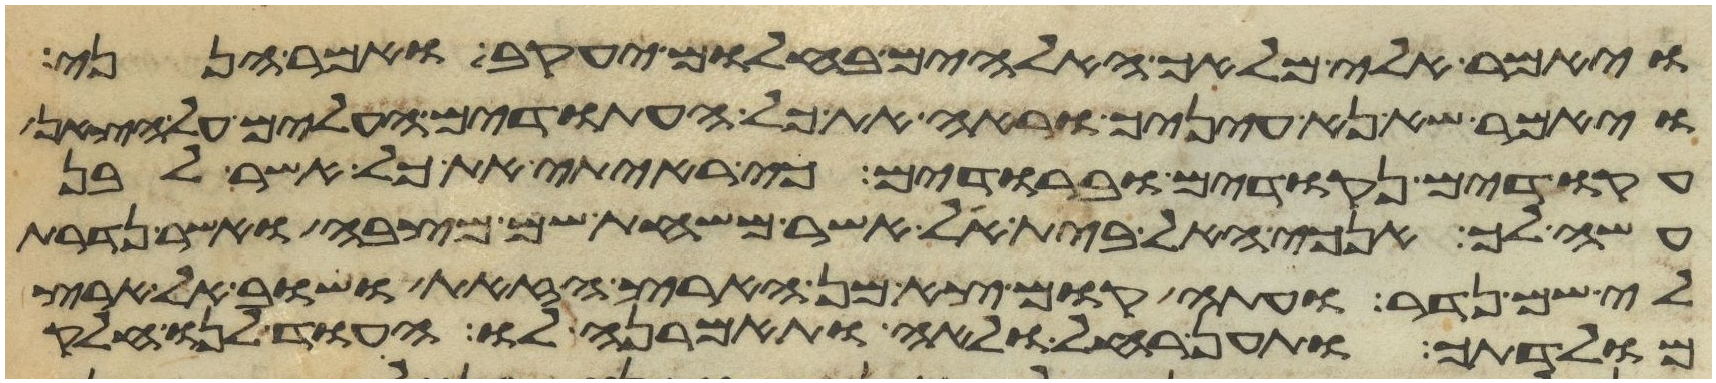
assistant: ויאמר אלי מלאך האלהים בחלום יעקב ואמר הנני
ויאמר שא נא עיניך וראה את כל העתודים העלים על הצאן
עקודים נקודים וברודים כי ראיתי את כל אשר לבן
עשה לך אנכי האל בית אל אשר משחת שם מצבה ואשר נדרת
לי שם נדר ועתה קום צא מן הארץ הזאת ושוב אל ארץ
מולדתך ותען רחל ולאה ותאמרנה לו העוד לנו חלק